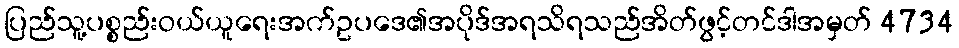
ပြည်သူ့ပစ္စည်းဝယ်ယူရေးအက်ဥပဒေ၏အပိုဒ်အရသိရသည်အိတ်ဖွင့်တင်ဒါအမှတ် 4734